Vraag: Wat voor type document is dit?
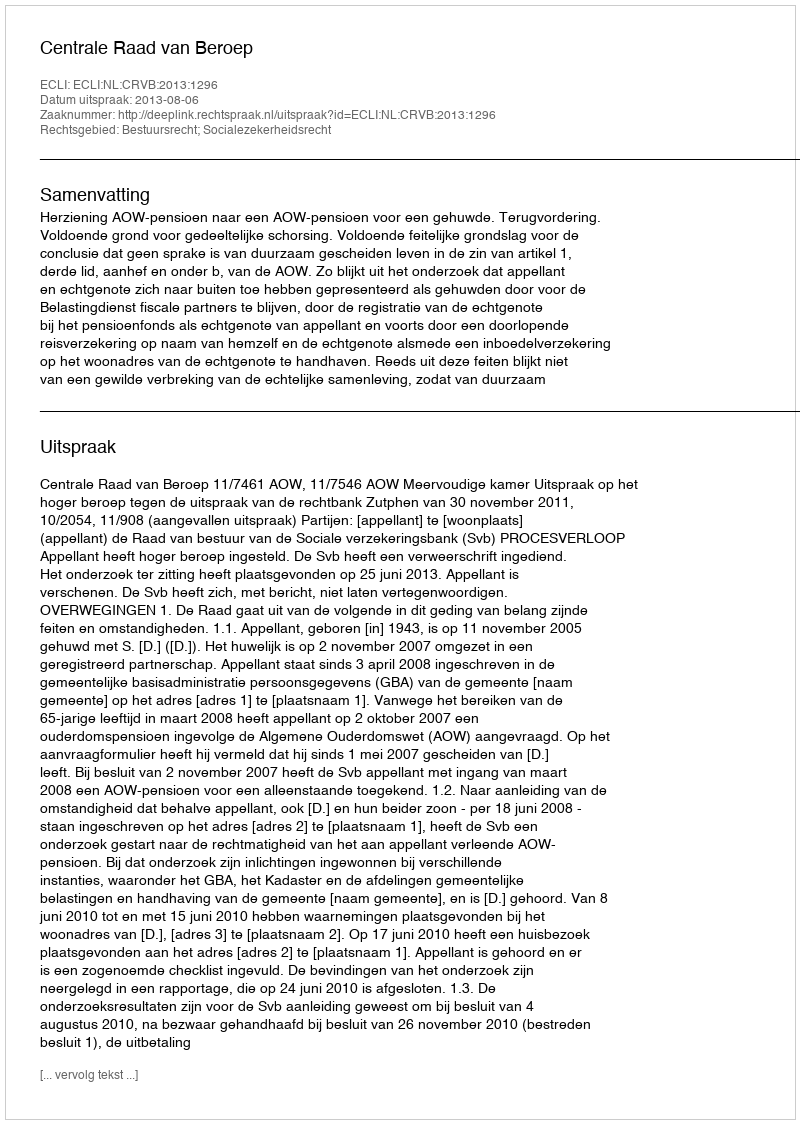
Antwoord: Uitspraak